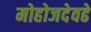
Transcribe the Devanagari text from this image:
मोहोजदेवढे